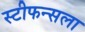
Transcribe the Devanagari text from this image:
स्टीफन्सला